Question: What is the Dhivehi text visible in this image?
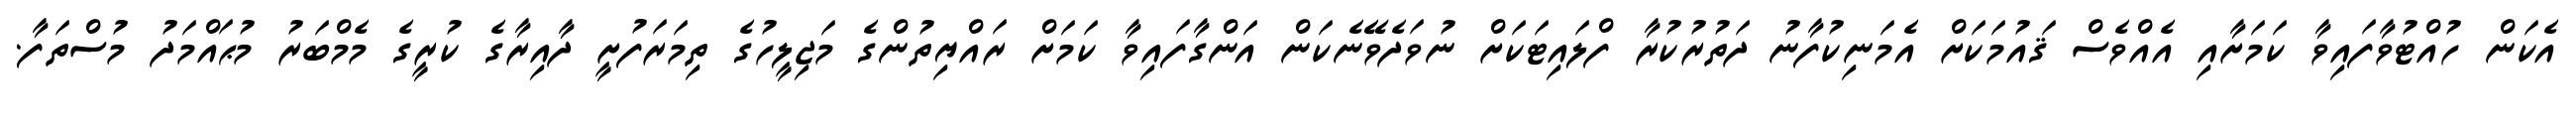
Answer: އެކަން ހުއްޓުވާފައިވާ ކަމަށާއި އެއްވެސް ޤައުމަކަށް އެމަނިކުފާނު ދަތުރުކުރާ ފްލައިޓަކަށް ނުވަދެވޭނެކަން އަންގާފައިވާ ކަމަށް ރައްޔިތުންގެ މަޖިލީހުގެ ތިމަރަފުށީ ދާއިރާގެ ކުރީގެ މެމްބަރު މުޙައްމަދު މުސްތަފާ.